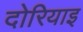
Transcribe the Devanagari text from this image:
दोरियाइ